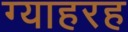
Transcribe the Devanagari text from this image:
ग्याहरह